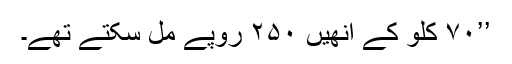
’’۷۰ کلو کے انھیں ۲۵۰ روپے مل سکتے تھے۔